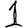
Digit: 1